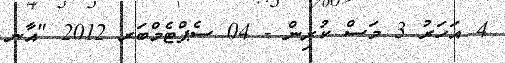
4 އަހަރު 3 މަސް ކުރިން - 04 ސެޕްޓެމްބަރ 2012 "އާނ